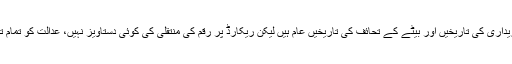
جسٹس عظمت سعید شیخ نے کہا کہ زمین کی خریداری کی تاریخیں اور بیٹے کے تحائف کی تاریخیں عام ہیں لیکن ریکارڈ پر رقم کی منتقلی کی کوئی دستاویز نہیں، عدالت کو تمام تحائف سے متعلق تحریری طور پر آگاہ کیا جائے۔